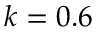
k = 0 . 6